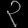
Digit: ၃